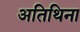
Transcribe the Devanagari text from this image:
अतिथिना